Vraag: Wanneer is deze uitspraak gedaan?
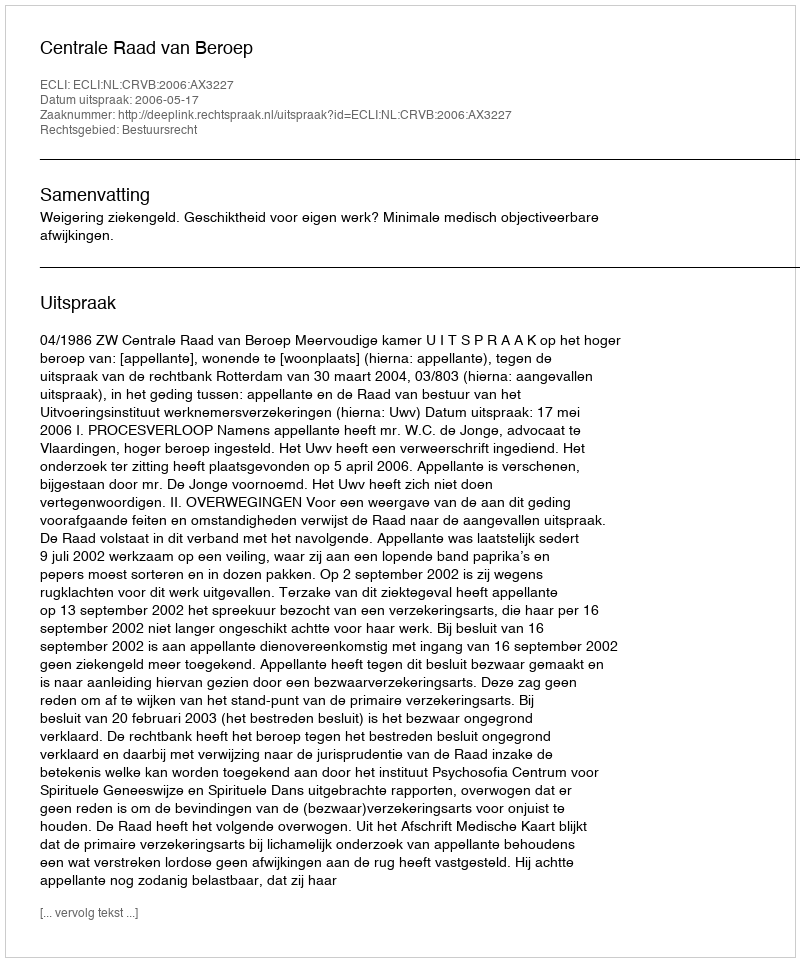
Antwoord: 2006-05-17